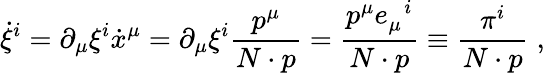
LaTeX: \dot{\xi}^{i}=\partial_{\mu}\xi^{i}\dot{x}^{\mu}=\partial_{\mu}\xi^{i}\frac{p^{\mu}}{N\cdot p}=\frac{p^{\mu}e_{\mu}^{\; \; i}}{N\cdot p}\equiv\frac{\pi^{i}}{N\cdot p}\; ,